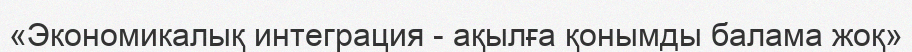
«Экономикалық интеграция - ақылға қонымды балама жоқ»